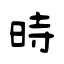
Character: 時